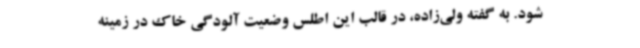
شود. به گفته ولی‌زاده، در قالب این اطلس وضعیت آلودگی خاک در زمینه